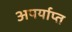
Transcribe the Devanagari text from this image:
अपर्याप्‍त